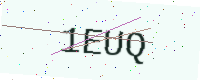
Text: 1EUQ